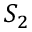
S _ { 2 }